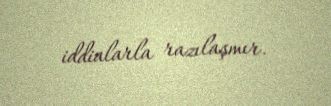
iddialarla razılaşmır.